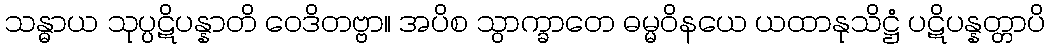
သန္ဓာယ သုပ္ပဋိပန္နာတိ ဝေဒိတဗ္ဗာ။ အပိစ သွာက္ခာတေ ဓမ္မဝိနယေ ယထာနုသိဋ္ဌံ ပဋိပန္နတ္တာပိ